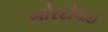
બોરદોલાઈ